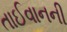
તાઈવાનની